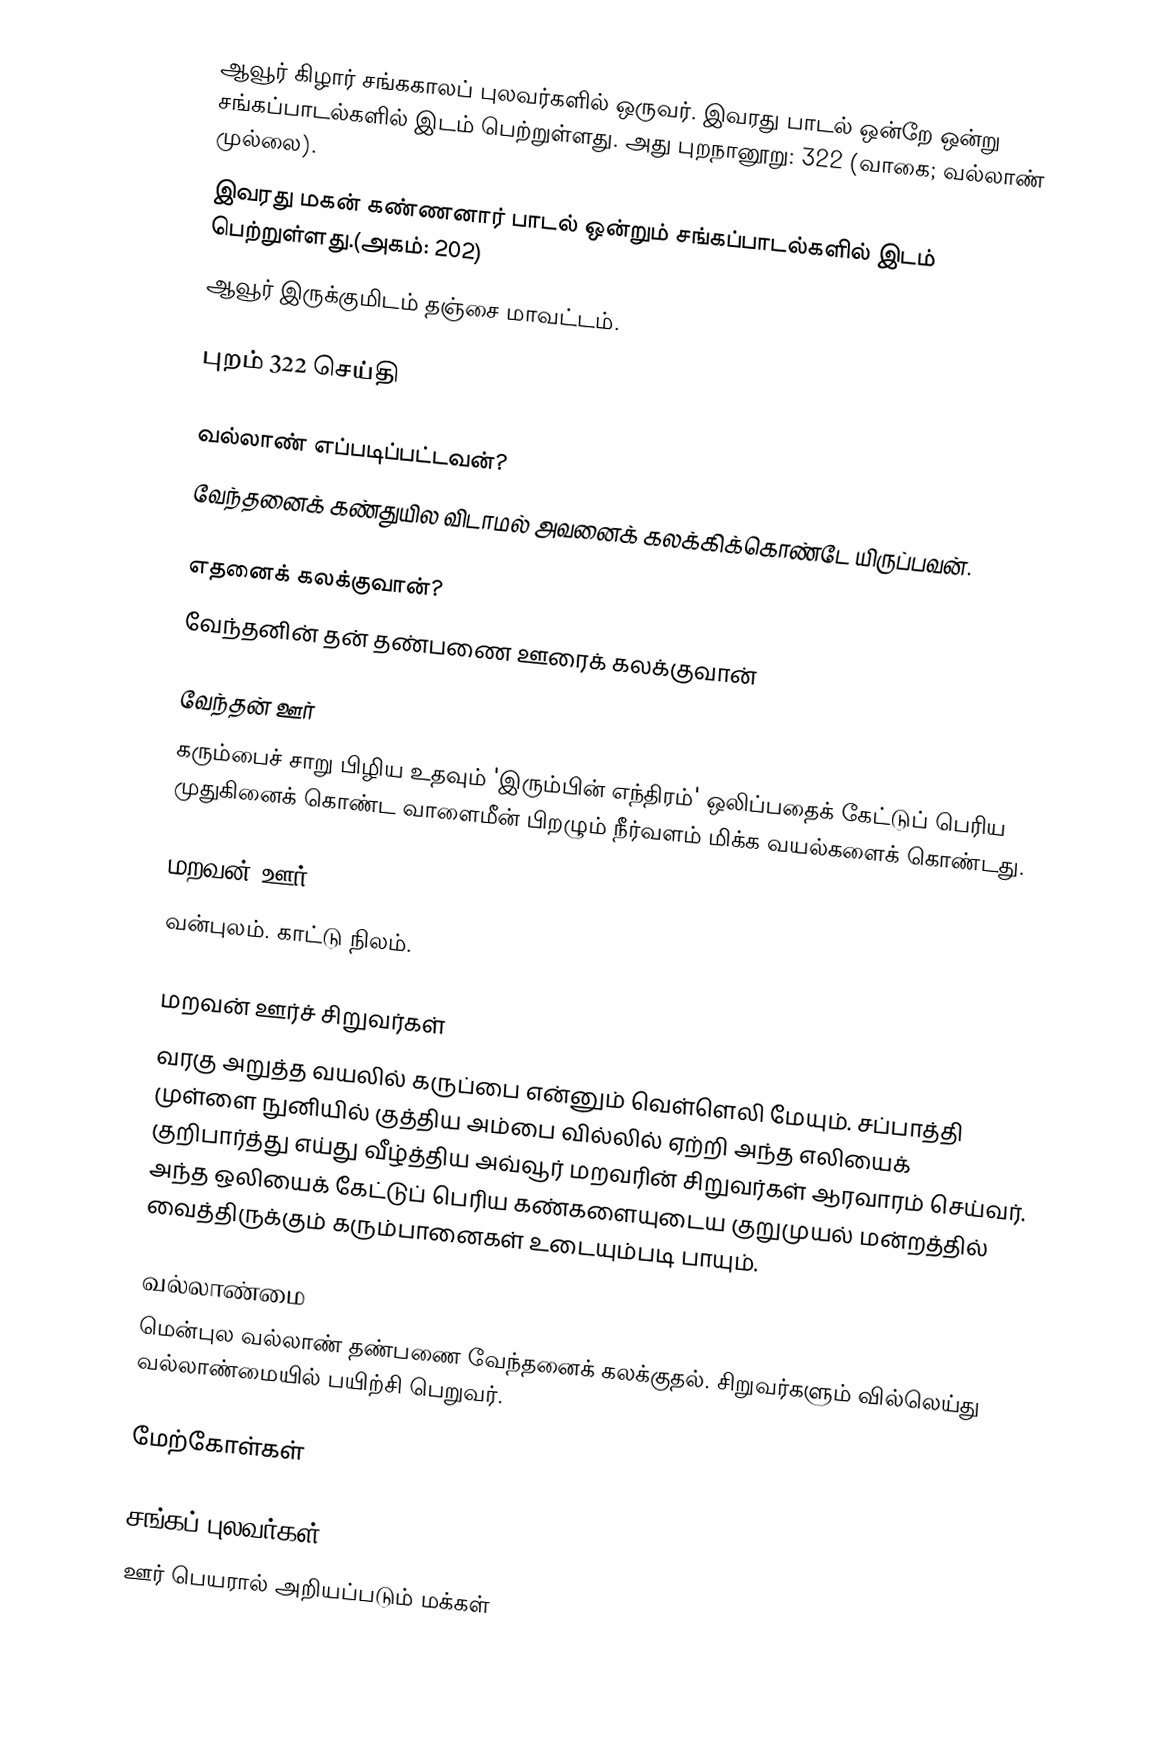
ஆவூர் கிழார் சங்ககாலப் புலவர்களில் ஒருவர். இவரது பாடல் ஒன்றே ஒன்று சங்கப்பாடல்களில் இடம் பெற்றுள்ளது. அது புறநானூறு: 322 (வாகை; வல்லாண் முல்லை).
இவரது மகன் கண்ணனார் பாடல் ஒன்றும் சங்கப்பாடல்களில் இடம் பெற்றுள்ளது.(அகம்: 202)
ஆவூர் இருக்குமிடம் தஞ்சை மாவட்டம்.

புறம் 322 செய்தி

வல்லாண் எப்படிப்பட்டவன்?
வேந்தனைக் கண்துயில விடாமல் அவனைக் கலக்கிக்கொண்டே யிருப்பவன்.

எதனைக் கலக்குவான்?
வேந்தனின் தன் தண்பணை ஊரைக் கலக்குவான்

வேந்தன் ஊர்
கரும்பைச் சாறு பிழிய உதவும் 'இரும்பின் எந்திரம்' ஒலிப்பதைக் கேட்டுப் பெரிய முதுகினைக் கொண்ட வாளைமீன் பிறழும் நீர்வளம் மிக்க வயல்களைக் கொண்டது.

மறவன் ஊர்
வன்புலம். காட்டு நிலம்.

மறவன் ஊர்ச் சிறுவர்கள்
வரகு அறுத்த வயலில் கருப்பை என்னும் வெள்ளெலி மேயும். சப்பாத்தி முள்ளை நுனியில் குத்திய அம்பை வில்லில் ஏற்றி அந்த எலியைக் குறிபார்த்து எய்து வீழ்த்திய அவ்வூர் மறவரின் சிறுவர்கள் ஆரவாரம் செய்வர். அந்த ஒலியைக் கேட்டுப் பெரிய கண்களையுடைய குறுமுயல் மன்றத்தில் வைத்திருக்கும் கரும்பானைகள் உடையும்படி பாயும்.

வல்லாண்மை
மென்புல வல்லாண் தண்பணை வேந்தனைக் கலக்குதல். சிறுவர்களும் வில்லெய்து வல்லாண்மையில் பயிற்சி பெறுவர்.

மேற்கோள்கள்

சங்கப் புலவர்கள்
ஊர் பெயரால் அறியப்படும் மக்கள்